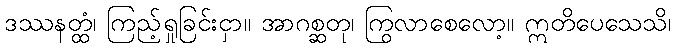
ဒဿနတ္ထံ၊ ကြည့်ရှုခြင်းငှာ။ အာဂစ္ဆတု၊ ကြွလာစေလော့။ ဣတိပေသေသိ၊